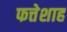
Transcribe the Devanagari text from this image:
फत्तेशाह